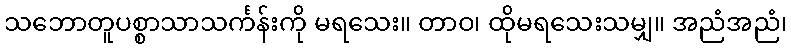
သဘောတူပစ္စာသာသင်္ကန်းကို မရသေး။ တာဝ၊ ထိုမရသေးသမျှ။ အညံအညံ၊